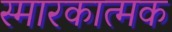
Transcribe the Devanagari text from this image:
स्मारकात्मक